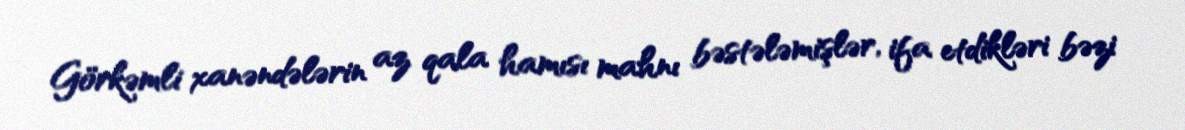
Görkəmli xanəndələrin az qala hamısı mahnı bəstələmişlər, ifa etdikləri bəzi